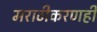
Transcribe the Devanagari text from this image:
मराठीकरणही